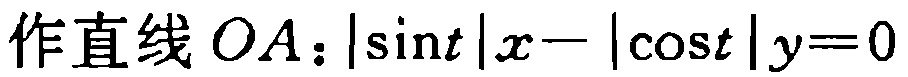
作直线 \(OA\)：\(|\sin t|x - |\cos t|y = 0\)